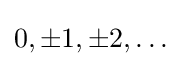
0,\pm 1,\pm 2,\dots